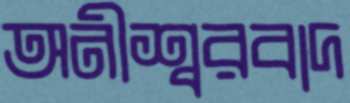
অনীশ্বরবাদ